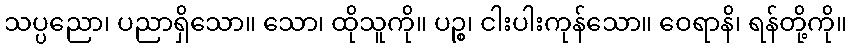
သပ္ပညော၊ ပညာရှိသော။ သော၊ ထိုသူကို။ ပဉ္စ၊ ငါးပါးကုန်သော။ ဝေရာနိ၊ ရန်တို့ကို။